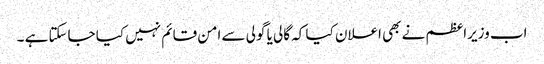
اب وزیراعظم نے بھی اعلان کیا کہ گالی یا گولی سے امن قائم نہیں کیا جاسکتا ہے ۔